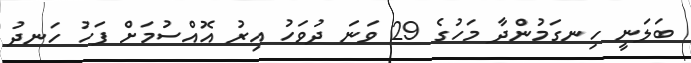
ބަލަނީ ހިނގަމުންދާ މަހުގެ 29 ވަނަ ދުވަހު އިރު އޮއްސުމަށް ފަހު ހަނދު